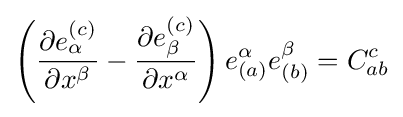
\left({\frac {\partial e_{\alpha }^{(c)}}{\partial x^{\beta }}}-{\frac {\partial e_{\beta }^{(c)}}{\partial x^{\alpha }}}\right)e_{(a)}^{\alpha }e_{(b)}^{\beta }=C_{ab}^{c}